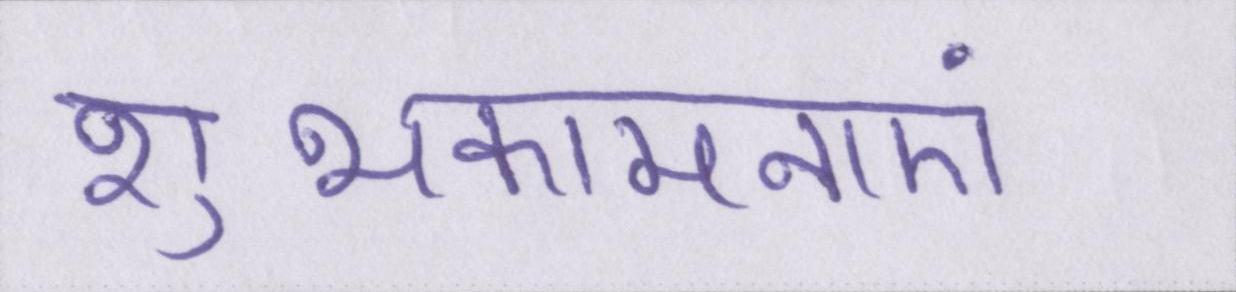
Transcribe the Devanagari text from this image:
शुभकामनाएं